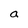
Character: a